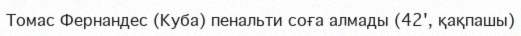
Томас Фернандес (Куба) пенальти соға алмады (42', қақпашы)